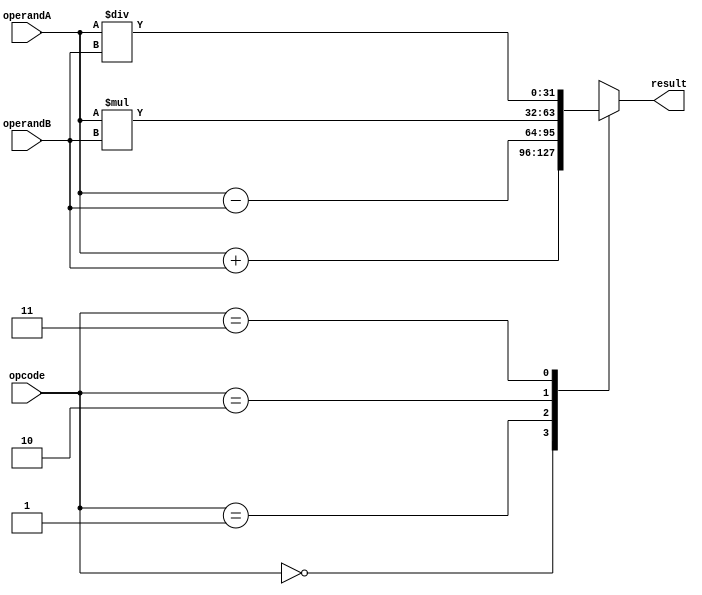
module floating_point_ALU (
    input [31:0] operandA,
    input [31:0] operandB,
    input [1:0] opcode,
    output reg [31:0] result
);

// Data Path Unit
reg [31:0] data_in;
always @(*)
begin
    case (opcode)
        2'b00: data_in = operandA + operandB; // addition
        2'b01: data_in = operandA - operandB; // subtraction
        2'b10: data_in = operandA * operandB; // multiplication
        2'b11: data_in = operandA / operandB; // division
    endcase
end

// Control Unit
// TBD

// Arithmetic Logic Unit
always @(*)
begin
    result = data_in;
end

endmodule